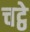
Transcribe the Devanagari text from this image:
चट्ठे